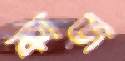
কাজ